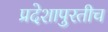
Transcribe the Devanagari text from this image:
प्रदेशापुरतीच